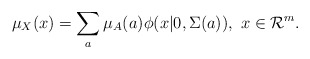
\begin{align*}\mu_{X}(x)=\sum_{a}\mu_{A}(a)\phi(x|0,\Sigma(a)),\ x\in\mathcal{R}^{m}.\end{align*}